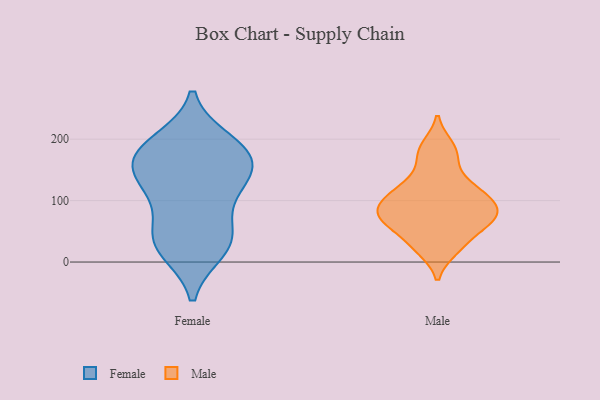
{"axis": {"x": "Energy Usage (MWh)", "y": "Value"}, "legend": ["Female", "Male"], "data": [{"x": "", "y": 170, "type": "Female"}, {"x": "", "y": 173, "type": "Female"}, {"x": "", "y": 167, "type": "Female"}, {"x": "", "y": 119, "type": "Female"}, {"x": "", "y": 41, "type": "Female"}, {"x": "", "y": 32, "type": "Female"}, {"x": "", "y": 21, "type": "Female"}, {"x": "", "y": 194, "type": "Female"}, {"x": "", "y": 43, "type": "Female"}, {"x": "", "y": 180, "type": "Female"}, {"x": "", "y": 121, "type": "Female"}, {"x": "", "y": 127, "type": "Female"}, {"x": "", "y": 188, "type": "Male"}, {"x": "", "y": 21, "type": "Male"}, {"x": "", "y": 171, "type": "Male"}, {"x": "", "y": 108, "type": "Male"}, {"x": "", "y": 132, "type": "Male"}, {"x": "", "y": 81, "type": "Male"}, {"x": "", "y": 30, "type": "Male"}, {"x": "", "y": 67, "type": "Male"}, {"x": "", "y": 67, "type": "Male"}, {"x": "", "y": 115, "type": "Male"}, {"x": "", "y": 64, "type": "Male"}, {"x": "", "y": 99, "type": "Male"}, {"x": "", "y": 84, "type": "Male"}]}